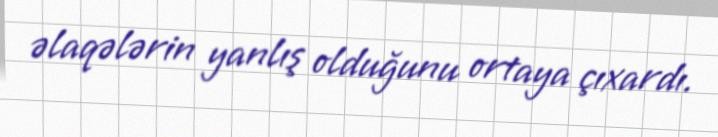
əlaqələrin yanlış olduğunu ortaya çıxardı.